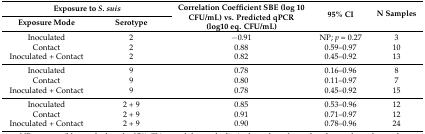
<table><thead><tr><td colspan="2"><b>Exposure to <i>S. suis</i></b></td><td rowspan="2"><b>Correlation Coefficient SBE (log 10 CFU/mL) vs. Predicted qPCR (log10 eq. CFU/mL)</b></td><td rowspan="2"><b>95% CI</b></td><td rowspan="2"><b>N Samples</b></td></tr><tr><td><b>Exposure Mode</b></td><td><b>Serotype</b></td></tr></thead><tbody><tr><td>Inoculated</td><td>2</td><td>−0.91</td><td>NP; <i>p</i> = 0.27</td><td>3</td></tr><tr><td>Contact</td><td>2</td><td>0.88</td><td>0.59–0.97</td><td>10</td></tr><tr><td>Inoculated + Contact</td><td>2</td><td>0.82</td><td>0.45–0.92</td><td>13</td></tr><tr><td>Inoculated</td><td>9</td><td>0.78</td><td>0.16–0.96</td><td>8</td></tr><tr><td>Contact</td><td>9</td><td>0.80</td><td>0.11–0.97</td><td>7</td></tr><tr><td>Inoculated + Contact</td><td>9</td><td>0.78</td><td>0.45–0.92</td><td>15</td></tr><tr><td>Inoculated</td><td>2 + 9</td><td>0.85</td><td>0.53–0.96</td><td>12</td></tr><tr><td>Contact</td><td>2 + 9</td><td>0.91</td><td>0.71–0.97</td><td>12</td></tr><tr><td>Inoculated + Contact</td><td>2 + 9</td><td>0.90</td><td>0.78–0.96</td><td>24</td></tr></tbody></table>